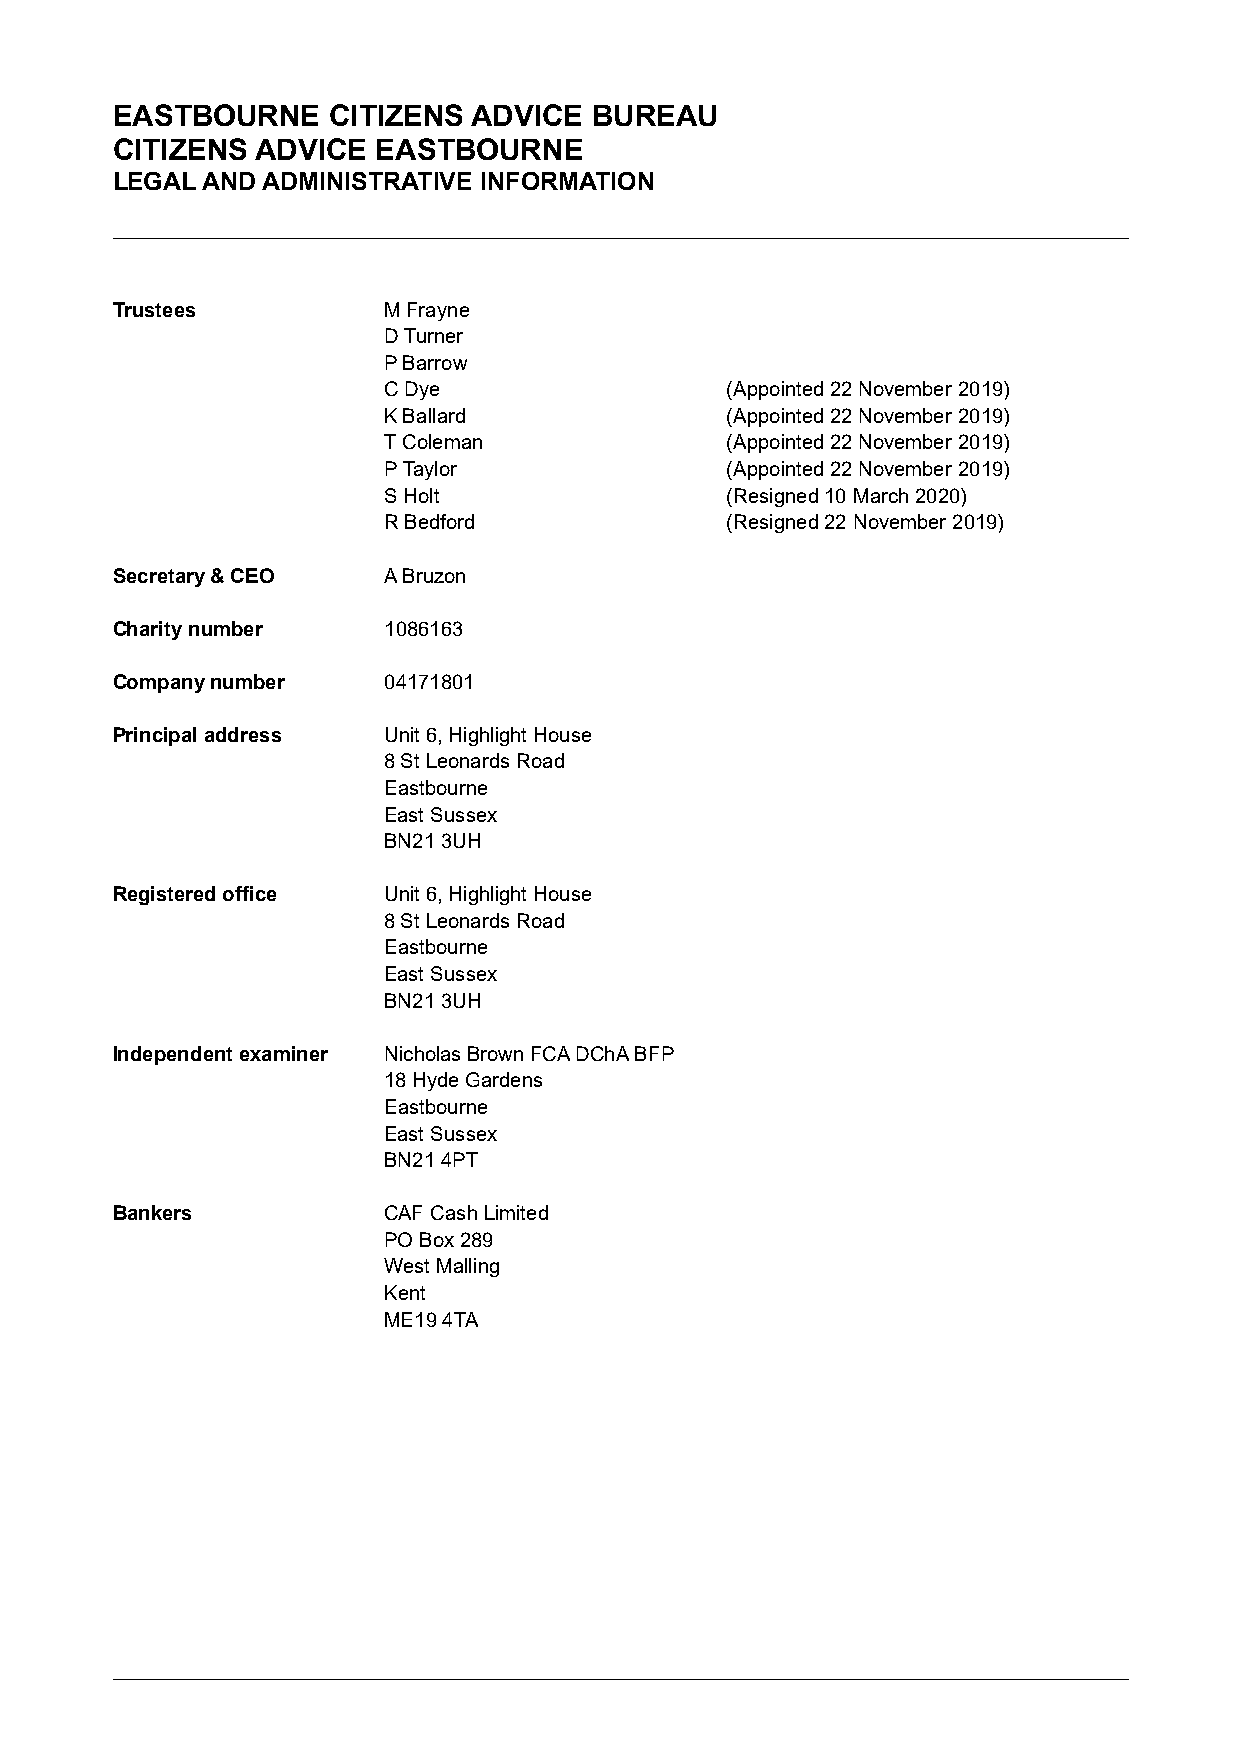
EASTBOURNE     CITIZENS ADVICE  BUREAU
 CITIZENS  ADVICE  EASTBOURNE
 LEGAL AND ADMINISTRATIVE INFORMATION
 Trustees          M Frayne
 D Turner
 P Barrow
 C Dye                  (Appointed 22 November 2019)
 K Ballard              (Appointed 22 November 2019)
 T Coleman              (Appointed 22 November 2019)
 P Taylor               (Appointed 22 November 2019)
 S Holt                 (Resigned 10 March 2020)
 R Bedford              (Resigned 22 November 2019)
 Secretary & CEO   A Bruzon
 Charity number    1086163
 Company number    04171801
 Principal address Unit 6, Highlight House
 8 St Leonards Road
 Eastbourne
 East Sussex
 BN21 3UH
 Registered office Unit 6, Highlight House
 8 St Leonards Road
 Eastbourne
 East Sussex
 BN21 3UH
 Independent examiner Nicholas Brown FCA DChA BFP
 18 Hyde Gardens
 Eastbourne
 East Sussex
 BN21 4PT
 Bankers           CAF Cash Limited
 PO Box 289
 West Malling
 Kent
 ME19 4TA